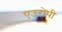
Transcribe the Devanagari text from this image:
एउरोपी